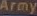
Army